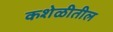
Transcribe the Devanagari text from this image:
कशेळीतील